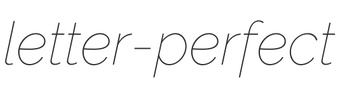
letter-perfect